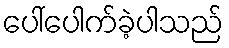
ပေါ်ပေါက်ခဲ့ပါသည်